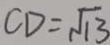
C D = \sqrt { 1 3 }